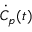
\dot { C } _ { p } ( t )